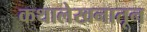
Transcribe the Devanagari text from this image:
कथालेखनातून